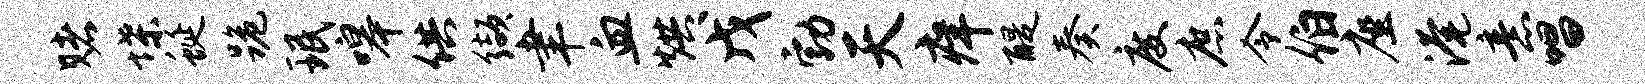
赌堞蜒跪珉嗥供缬聿血烘戊勃天痒醍奏度庶令伯座淹意唱